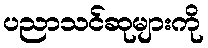
ပညာသင်ဆုများကို